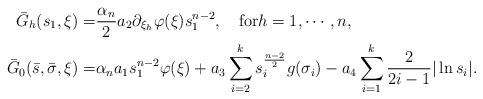
LaTeX: \begin{align*}\bar{G}_h(s_1,\xi)= & \frac{\alpha_n }{2} a_2\partial_{\xi_h}\varphi(\xi)s_1^{ n-2 },\quad\mbox{for}h=1,\cdots,n,\\\bar{G}_0(\bar{s},\bar{\sigma},\xi) = & \alpha_n a_1 s_1 ^{ n-2 }\varphi(\xi) + a_3 \sum\limits_{i=2}^{k}s_i^{\frac{n-2}{2}} g(\sigma_i) - a_4\sum\limits_{i=1}^k \frac{2}{2i-1}|\ln s_i|.\end{align*}